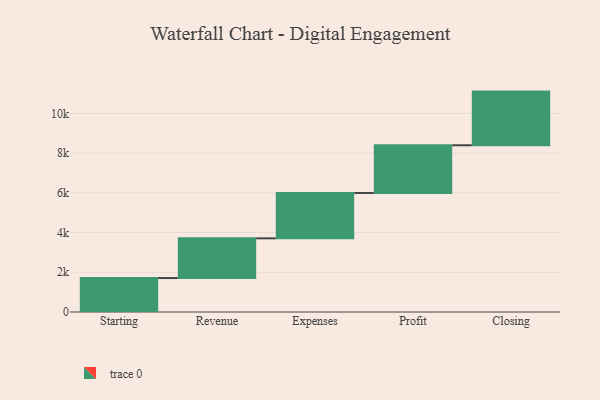
{"axis": {"x": "Step", "y": "Value"}, "legend": [""], "data": [{"x": "Starting", "y": 1710.0, "type": ""}, {"x": "Revenue", "y": 1999.0, "type": ""}, {"x": "Expenses", "y": 2284.0, "type": ""}, {"x": "Profit", "y": 2402.0, "type": ""}, {"x": "Closing", "y": 2702.0, "type": ""}]}